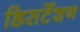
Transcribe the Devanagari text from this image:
डिसर्टेशन